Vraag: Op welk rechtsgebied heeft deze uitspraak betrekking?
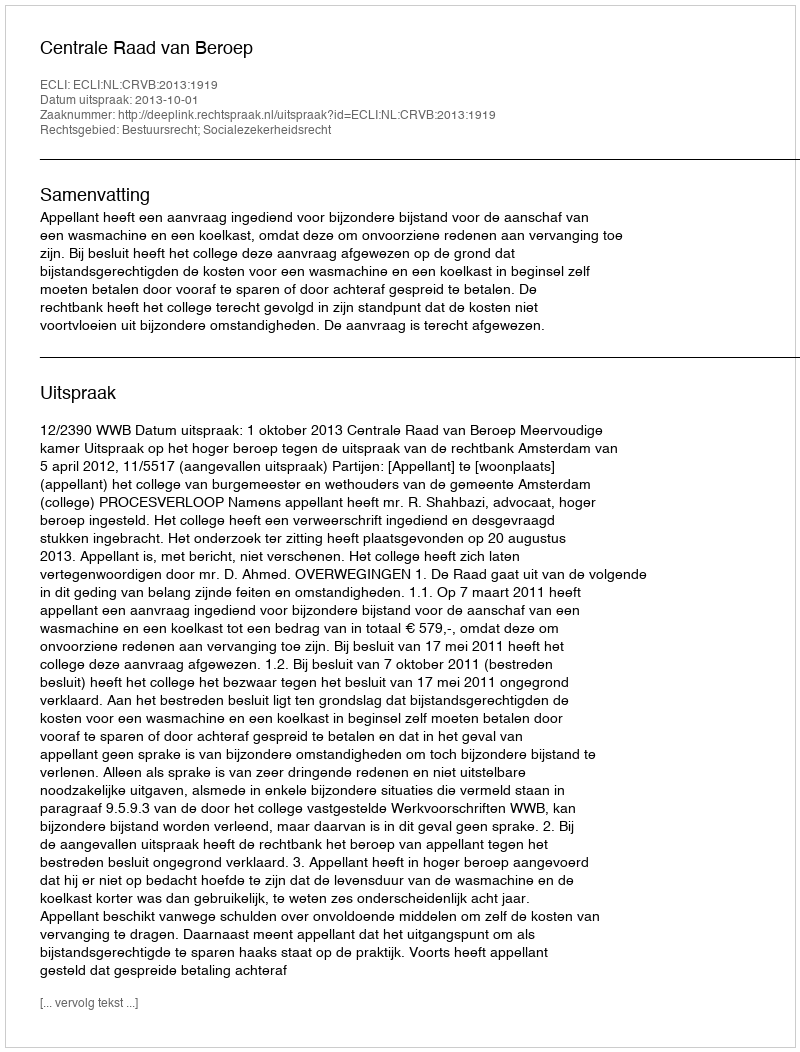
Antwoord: Bestuursrecht; Socialezekerheidsrecht